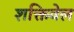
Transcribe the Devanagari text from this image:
शक्तिवेल